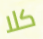
كلا